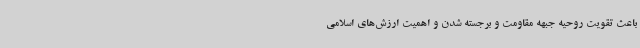
باعث تقویت روحیه جبهه مقاومت و برجسته شدن و اهمیت ارزش‌های اسلامی